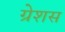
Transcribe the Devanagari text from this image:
ग्रेशस